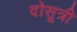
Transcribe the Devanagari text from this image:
दोसूत्री